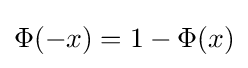
\Phi (-x)=1-\Phi (x)